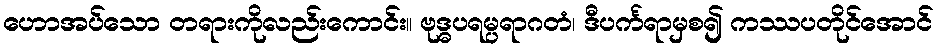
ဟောအပ်သော တရားကိုလည်းကောင်း။ ဗုဒ္ဓပရမ္ပရာဂတံ၊ ဒီပင်္ကရာမှစ၍ ကဿပတိုင်အောင်